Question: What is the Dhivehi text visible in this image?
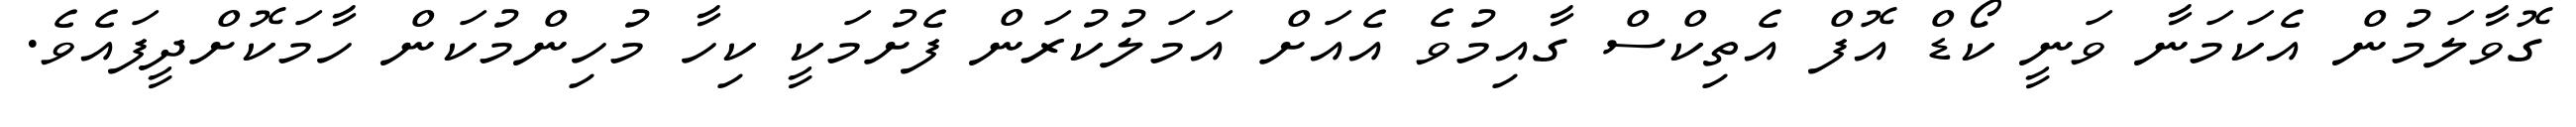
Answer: ގޮވާލަމުން އެކަމަނާ ވަނީ ކޯޑް އޮފް އެތިކްސް ގާއިމުވެ އެއަށް އަމަލުކުރަން ފެށުމަކީ ކިހާ މުހިންމުކަން ހާމަކޮށްދީފައެވެ.